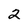
Character: 2